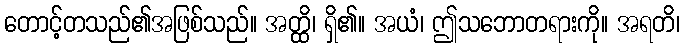
တောင့်တသည်၏အဖြစ်သည်။ အတ္ထိ၊ ရှိ၏။ အယံ၊ ဤသဘောတရားကို။ အရတိ၊